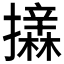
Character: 𱡈